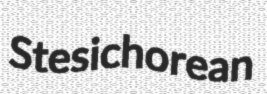
Stesichorean